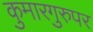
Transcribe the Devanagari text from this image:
कुमारगुरुपर